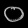
Digit: ၀